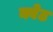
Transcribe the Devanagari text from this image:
क्वेट